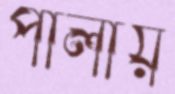
পালায়